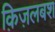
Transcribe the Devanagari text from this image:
क़िज़लबश